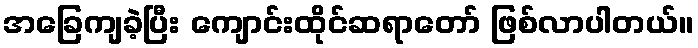
အခြေကျခဲ့ပြီး ကျောင်းထိုင်ဆရာတော် ဖြစ်လာပါတယ်။